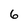
Character: 6